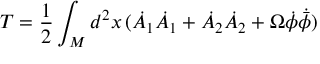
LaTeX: T = \frac { 1 } { 2 } \int _ { M } d ^ { 2 } x \, ( \dot { A } _ { 1 } \dot { A } _ { 1 } + \dot { A } _ { 2 } \dot { A } _ { 2 } + \Omega \dot { \phi } \dot { { \bar { \phi } } } )